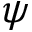
\psi